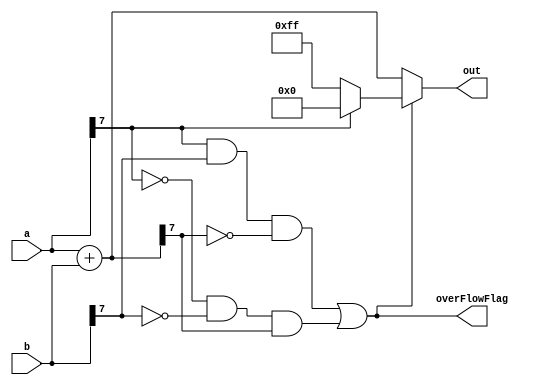
module satAdder #(parameter WIDTH = 8)(input signed [WIDTH-1:0] a,b,output reg signed [WIDTH-1:0] out , output overFlowFlag);


	wire [WIDTH-1:0] s;
	assign s = a+b;
	assign overFlowFlag = ((a[WIDTH-1])&(b[WIDTH-1])&(~s[WIDTH-1])) | 
			      ((~a[WIDTH-1])&(~b[WIDTH-1])&(s[WIDTH-1]));

	always@(*) begin
		if(overFlowFlag)
			out = (a[WIDTH-1]) ? -(1<<15) : (1<<15)-1 ;
		else
			out = s;

	end

endmodule